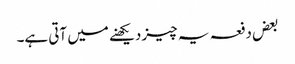
بعض دفعہ یہ چیز دیکھنے میں آتی ہے۔